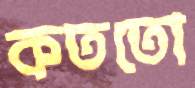
কততো